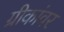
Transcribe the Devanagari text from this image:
ग्रीकांवर